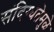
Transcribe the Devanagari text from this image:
संदिग्धतेमुळे